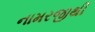
નામરજીથી